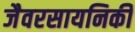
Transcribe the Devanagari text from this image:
जैवरसायनिकी